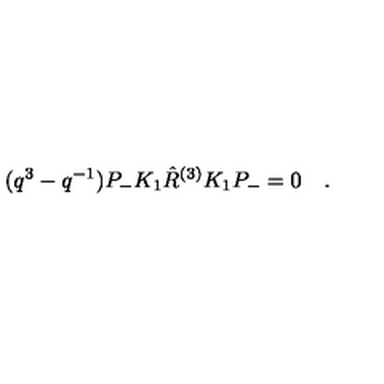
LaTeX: ( q ^ { 3 } - q ^ { - 1 } ) P _ { - } K _ { 1 } \hat { R } ^ { ( 3 ) } K _ { 1 } P _ { - } = 0 \quad .